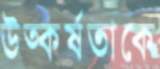
উত্কর্ষতাকে